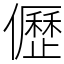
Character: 儮